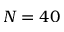
N = 4 0